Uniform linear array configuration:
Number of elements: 24
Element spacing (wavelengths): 0.75
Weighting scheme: hann
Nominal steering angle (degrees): -15
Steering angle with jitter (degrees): -16.469
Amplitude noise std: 0.05
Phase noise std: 0.05

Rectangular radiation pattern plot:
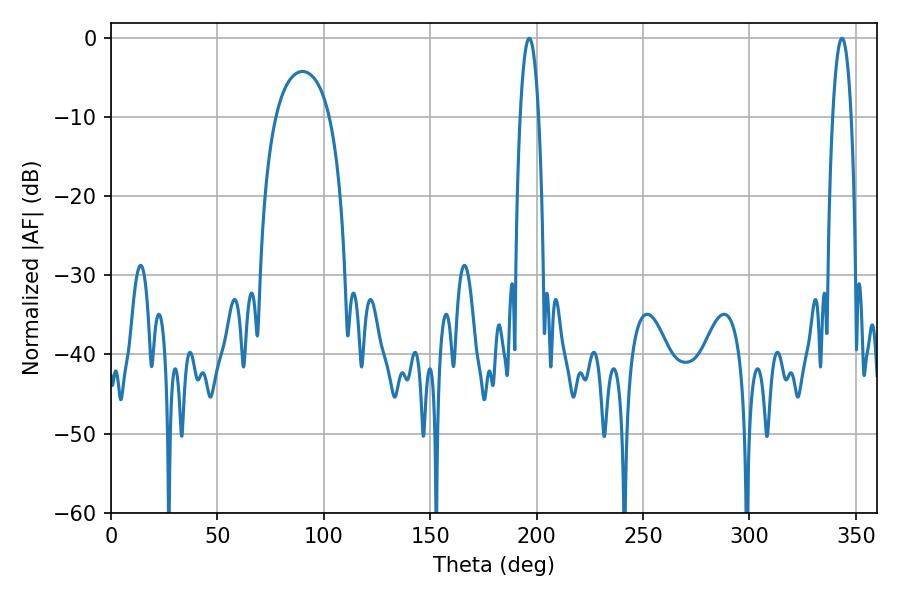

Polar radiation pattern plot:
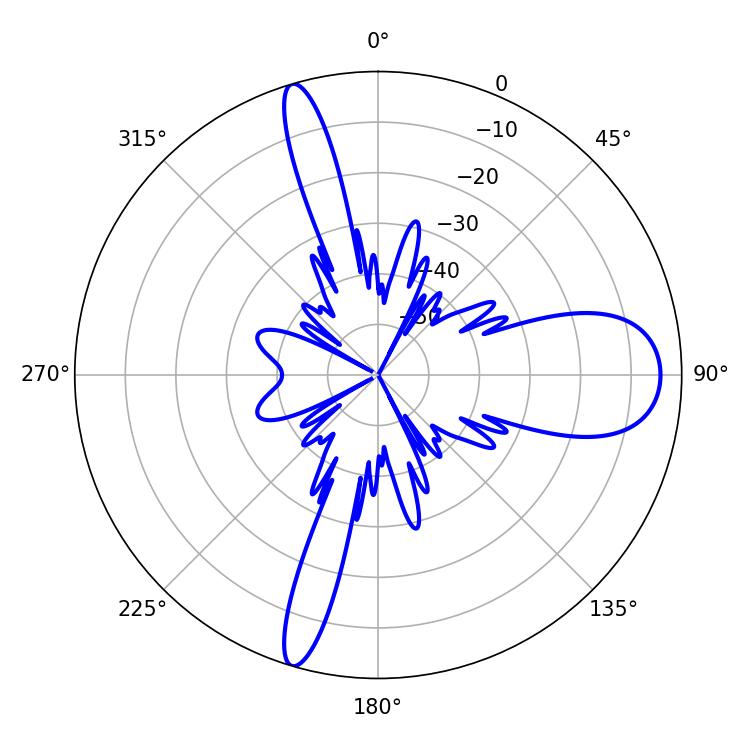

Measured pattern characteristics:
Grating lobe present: TRUE
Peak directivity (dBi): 14.234
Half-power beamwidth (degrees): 4.68
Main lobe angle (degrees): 343.44